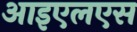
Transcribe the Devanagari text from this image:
आइएलएस